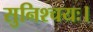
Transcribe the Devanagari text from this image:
सुनिश्चयः।